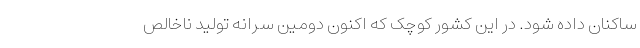
ساکنان داده شود. در این کشور کوچک که اکنون دومین سرانه تولید ناخالص